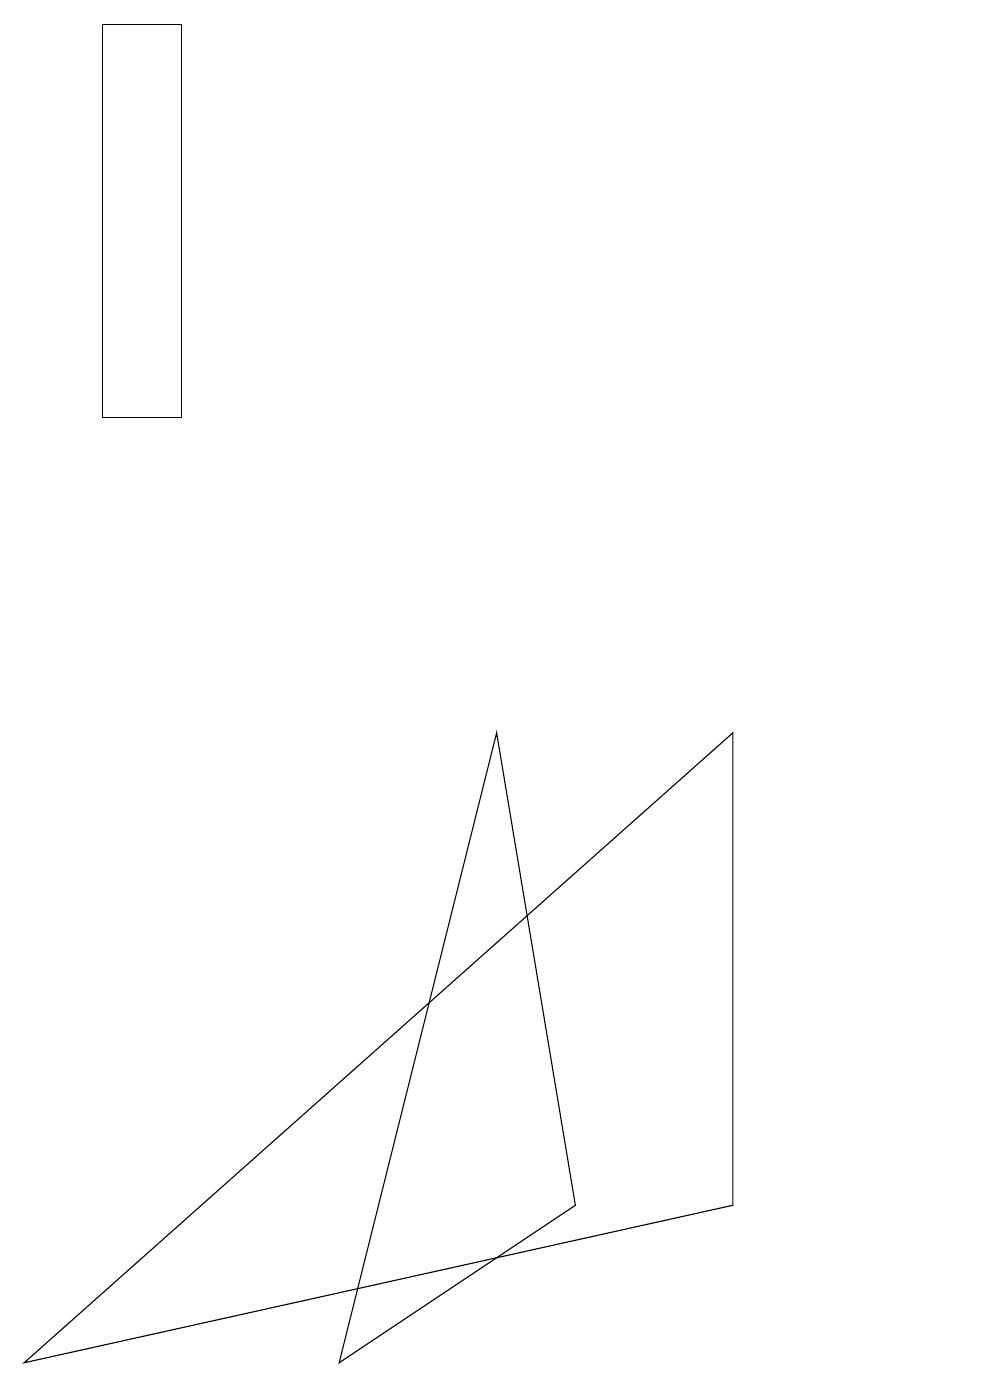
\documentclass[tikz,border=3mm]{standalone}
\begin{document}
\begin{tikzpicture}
\draw (6,8) -- (7,2) -- (4,0) -- cycle;
\draw (1,17) rectangle (2,12);
\draw (12,10) circle (0);
\draw (9,8) -- (9,2) -- (0,0) -- cycle;
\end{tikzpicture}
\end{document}